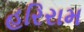
હરિરામ